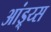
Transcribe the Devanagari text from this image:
आंड्र्य्स